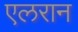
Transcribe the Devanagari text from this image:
एलरान